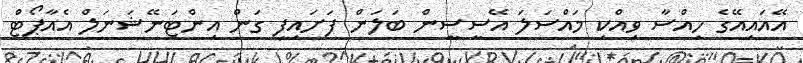
އޭއައިއޭގެ ހިއްސާ ވިއްކި މައްސަލަ އޭސީސީން ބަލަން ފަށައިފި ގަން އިންޓަނޭޝަނަލް އެއާޕޯޓް